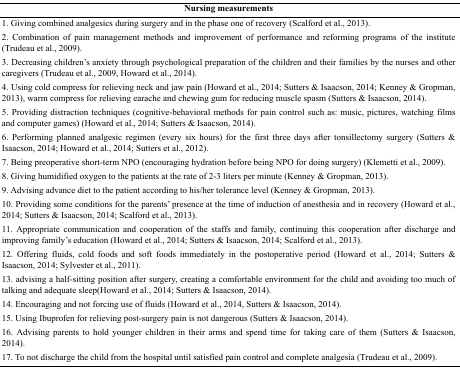
<table><thead><tr><td><b>Nursing measurements</b></td></tr></thead><tbody><tr><td>1. Giving combined analgesics during surgery and in the phase one of recovery (Scalford et al., 2013).</td></tr><tr><td>2. Combination of pain management methods and improvement of performance and reforming programs of the institute (Trudeau et al., 2009).</td></tr><tr><td>3. Decreasing children’s anxiety through psychological preparation of the children and their families by the nurses and other caregivers (Trudeau et al., 2009, Howard et al., 2014).</td></tr><tr><td>4. Using cold compress for relieving neck and jaw pain (Howard et al., 2014; Sutters &amp; Isaacson, 2014; Kenney &amp; Gropman, 2013), warm compress for relieving earache and chewing gum for reducing muscle spasm (Sutters &amp; Isaacson, 2014).</td></tr><tr><td>5. Providing distraction techniques (cognitive-behavioral methods for pain control such as: music, pictures, watching films and computer games) (Howard et al., 2014; Sutters &amp; Isaacson, 2014).</td></tr><tr><td>6. Performing planned analgesic regimen (every six hours) for the first three days after tonsillectomy surgery (Sutters &amp; Isaacson, 2014; Howard et al., 2014; Sutters et al., 2012).</td></tr><tr><td>7. Being preoperative short-term NPO (encouraging hydration before being NPO for doing surgery) (Klemetti et al., 2009).</td></tr><tr><td>8. Giving humidified oxygen to the patients at the rate of 2-3 liters per minute (Kenney &amp; Gropman, 2013).</td></tr><tr><td>9. Advising advance diet to the patient according to his/her tolerance level (Kenney &amp; Gropman, 2013).</td></tr><tr><td>10. Providing some conditions for the parents’ presence at the time of induction of anesthesia and in recovery (Howard et al., 2014; Sutters &amp; Isaacson, 2014; Scalford et al., 2013).</td></tr><tr><td>11. Appropriate communication and cooperation of the staffs and family, continuing this cooperation after discharge and improving family’s education (Howard et al., 2014; Sutters &amp; Isaacson, 2014; Scalford et al., 2013).</td></tr><tr><td>12. Offering fluids, cold foods and soft foods immediately in the postoperative period (Howard et al., 2014; Sutters &amp; Isaacson, 2014; Sylvester et al., 2011).</td></tr><tr><td>13. advising a half-sitting position after surgery, creating a comfortable environment for the child and avoiding too much of talking and adequate sleep(Howard et al., 2014; Sutters &amp; Isaacson, 2014).</td></tr><tr><td>14. Encouraging and not forcing use of fluids (Howard et al., 2014, Sutters &amp; Isaacson, 2014).</td></tr><tr><td>15. Using Ibuprofen for relieving post-surgery pain is not dangerous (Sutters &amp; Isaacson, 2014).</td></tr><tr><td>16. Advising parents to hold younger children in their arms and spend time for taking care of them (Sutters &amp; Isaacson, 2014).</td></tr><tr><td>17. To not discharge the child from the hospital until satisfied pain control and complete analgesia (Trudeau et al., 2009).</td></tr></tbody></table>